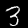
Label: 3